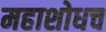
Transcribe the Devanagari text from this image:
महाशोधच